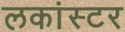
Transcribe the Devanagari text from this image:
लकांस्टर